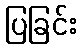
ပြခြင်း